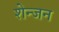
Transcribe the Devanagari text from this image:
शेन्जन